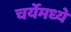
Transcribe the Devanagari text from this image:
चर्येमध्ये